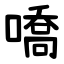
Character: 嘺